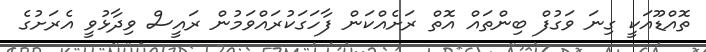
ތޮއްޑޫއަކީ ގިނަ ވަގުފް ބިންތައް އޮތް ރަށެއްކަން ފާހަގަކުރައްވަމުން ރައީސް ވިދާޅުވީ އެރަށުގެ